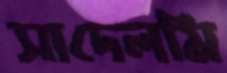
সাদেলমি